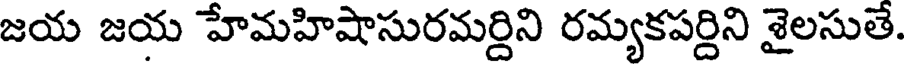
జయ జయ హేమహిషాసురమర్దిని రమ్యకపర్దిని శైలసుతే.